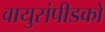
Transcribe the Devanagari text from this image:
वायुसंपीडकों